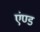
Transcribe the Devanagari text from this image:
एंण्ड